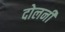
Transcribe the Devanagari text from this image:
दोलनी